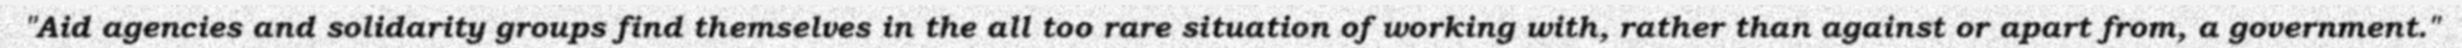
"Aid agencies and solidarity groups find themselves in the all too rare situation of working with, rather than against or apart from, a government."